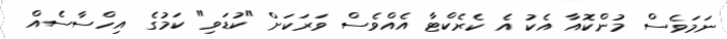
ނަމަވެސް މުންކޮއާ އެކު އެ ކެރެކްޓާ އެއްވެސް ވަރަކަށް "ކުޑަވި" ކަމުގެ އިހްސާސެއް